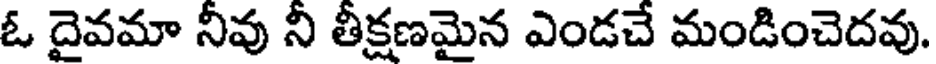
ఓ దైవమా నీవు నీ తీక్షణమైన ఎండచే మండించెదవు.